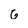
Character: G